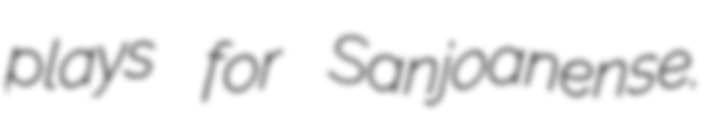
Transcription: plays for Sanjoanense.